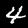
Label: 4